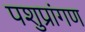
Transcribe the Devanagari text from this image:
पशुप्रांगण